First report of the anti-malarial operations at Mian Mir, 1901-1903 - Number 6
Year: 1901
Disease focus: Malaria
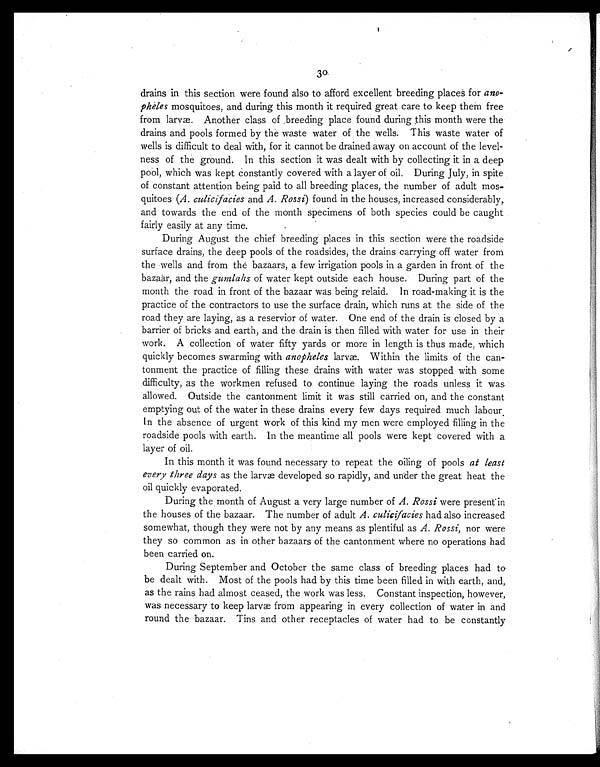
30
drains in this section were found also to afford excellent breeding places for ano-
pheles mosquitoes, and during this month it required great care to keep them free
from larvæ. Another class of breeding place found during this month were the
drains and pools formed by the waste water of the wells. This waste water of
wells is difficult to deal with, for it cannot be drained away on account of the level-
ness of the ground. In this section it was dealt with by collecting it in a deep
pool, which was kept constantly covered with a layer of oil. During July, in spite
of constant attention being paid to all breeding places, the number of adult mos-
quitoes (A. culicifacies and A. Rossi) found in the houses, increased considerably,
and towards the end of the month specimens of both species could be caught
fairly easily at any time.
During August the chief breeding places in this section were the roadside
surface drains, the deep pools of the roadsides, the drains carrying off water from
the wells and from the bazaars, a few irrigation pools in a garden in front of the
bazaar, and the gumlahs of water kept outside each house. During part of the
month the road in front of the bazaar was being relaid. In road-making it is the
practice of the contractors to use the surface drain, which runs at the side of the
road they are laying, as a reservior of water. One end of the drain is closed by a
barrier of bricks and earth, and the drain is then filled with water for use in their
work. A collection of water fifty yards or more in length is thus made, which
quickly becomes swarming with anopheles larvæ. Within the limits of the can-
tonment the practice of filling these drains with water was stopped with some
difficulty, as the workmen refused to continue laying the roads unless it was.
allowed. Outside the cantonment limit it was still carried on, and the constant
emptying out of the water in these drains every few days required much labour.
In the absence of urgent work of this kind my men were employed filling in the
roadside pools with earth. In the meantime all pools were kept covered with a
layer of oil.
In this month it was found necessary to repeat the oiling of pools at least
every three days as the larvæ developed so rapidly, and under the great heat the
oil quickly evaporated.
During the month of August a very large number of A. Rossi were present in
the houses of the bazaar. The number of adult A. culicifacies had also increased
somewhat, though they were not by any means as plentiful as A. Rossi, nor were
they so common as in other bazaars of the cantonment where no operations had
been carried on.
During September and October the same class of breeding places had to
be dealt with. Most of the pools had by this time been filled in with earth, and,
as the rains had almost ceased, the work was less. Constant inspection, however,
was necessary to keep larvæ from appearing in every collection of water in and
round the bazaar. Tins and other receptacles of water had to be constantly